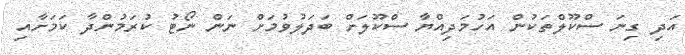
އަދި ގިނަ ސްކޫލްތަކުން އަހުމަދިއްޔާ ސްކޫލަށް ބަދަލުވުމަށް ނަން ނޯޓު ކުރަމުންދާ ކަމަށާއި